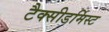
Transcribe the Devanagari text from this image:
टैक्सीडर्मिस्ट